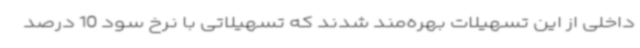
داخلی از این تسهیلات بهره‌مند شدند که تسهیلاتی با نرخ سود 10 درصد